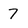
Character: 7